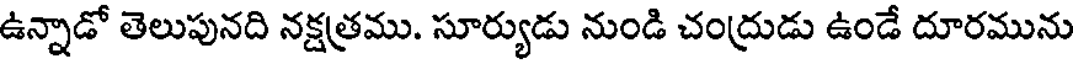
ఉన్నాడో తెలుపునది నక్షత్రము. సూర్యుడు నుండి చంద్రుడు ఉండే దూరమును